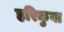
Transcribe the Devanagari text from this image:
हरिकुवा